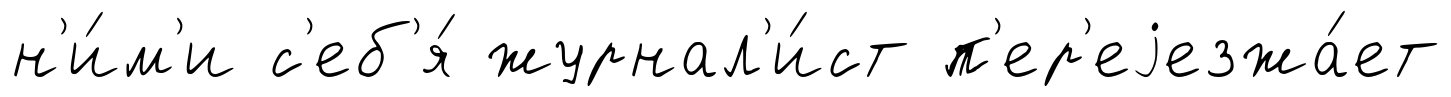
н'и́м'и с'еб'я́ журнал'и́ст п'ер'еjезжа́ет